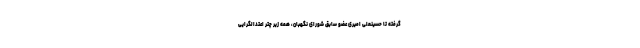
گرفته تا حسینعلی امیری عضو سابق شورای نگهبان، همه زیر چتر اعتدالگرایی